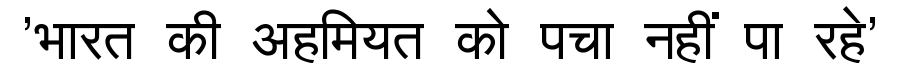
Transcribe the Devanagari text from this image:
'भारत की अहमियत को पचा नहीं पा रहे'